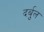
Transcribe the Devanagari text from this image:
दर्बुल